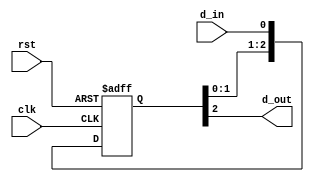
module cascade_synchronizer (
    input wire clk,  // Input clock signal
    input wire rst,  // Reset signal
    input wire d_in, // Input data signal
    output reg d_out // Output data signal
);

reg [2:0] ff; // Flip-flop chain

always @(posedge clk or posedge rst) begin
    if (rst) begin
        ff <= 3'b0; // Reset flip-flop chain
    end else begin
        ff <= {ff[1:0], d_in}; // Cascade data through flip-flop chain
    end
end

assign d_out = ff[2]; // Output data from last flip-flop in chain

endmodule